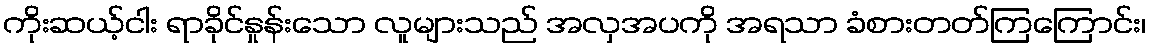
ကိုးဆယ့်ငါး ရာခိုင်နှုန်းသော လူများသည် အလှအပကို အရသာ ခံစားတတ်ကြကြောင်း၊